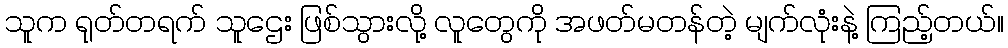
သူက ရုတ်တရက် သူဌေး ဖြစ်သွားလို့ လူတွေကို အဖတ်မတန်တဲ့ မျက်လုံးနဲ့ ကြည့်တယ်။